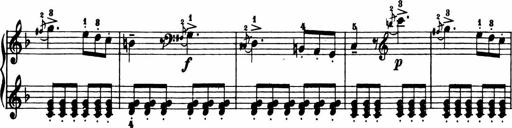
Title: 11 Sonatinas for Piano Solo
Composer: Anton Diabelli